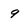
Character: 9